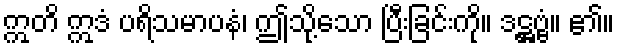
ဣတိ ဣဒံ ပရိသမာပနံ၊ ဤသို့သော ပြီးခြင်းကို။ ဒဋ္ဌဗ္ဗံ။ ၏။